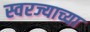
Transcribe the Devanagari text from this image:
स्वरज्याच्या